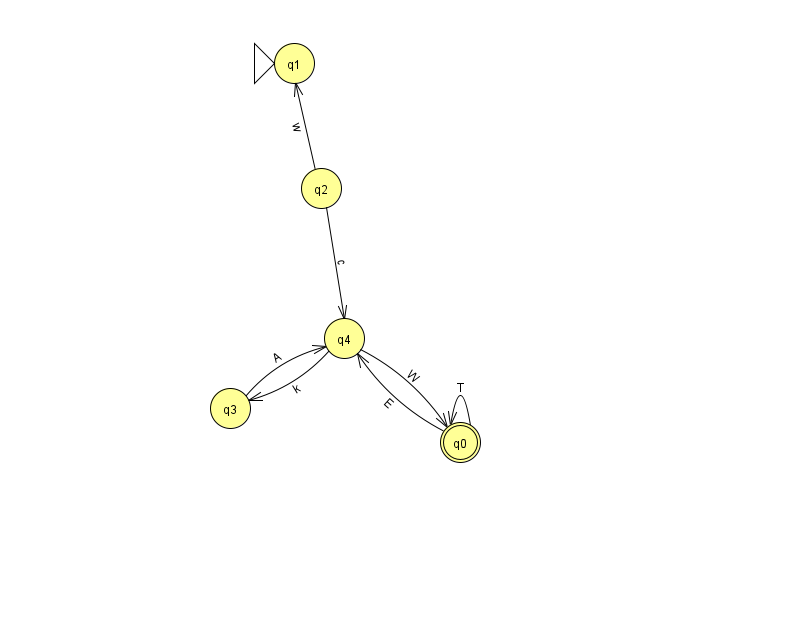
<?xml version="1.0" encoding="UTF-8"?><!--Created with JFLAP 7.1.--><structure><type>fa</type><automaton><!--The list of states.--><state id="0" name="q0"><x>460.0</x><y>429.0</y><final/></state><state id="1" name="q1"><x>294.0</x><y>50.0</y><initial/></state><state id="2" name="q2"><x>321.0</x><y>175.0</y></state><state id="3" name="q3"><x>230.0</x><y>395.0</y></state><state id="4" name="q4"><x>344.0</x><y>325.0</y></state><!--The list of transitions.--><transition><from>2</from><to>4</to><read>c</read></transition><transition><from>0</from><to>0</to><read>T</read></transition><transition><from>3</from><to>4</to><read>A</read></transition><transition><from>4</from><to>0</to><read>W</read></transition><transition><from>2</from><to>1</to><read>w</read></transition><transition><from>0</from><to>4</to><read>E</read></transition><transition><from>4</from><to>3</to><read>k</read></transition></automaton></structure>